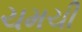
ચમચી